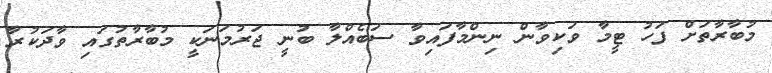
މުބާރާތަށް ފަހު ޓީމާ ވަކިވާން ނިންމާފައިވާ ސަބެއްލާ ބުނީ ޖަރުމަނަކީ މުބާރާތުގައި ވާދަކުރާ